Annual report of the Punjab Veterinary College and of the Civil Veterinary Department, Punjab - 1894-1908
Year: 1894
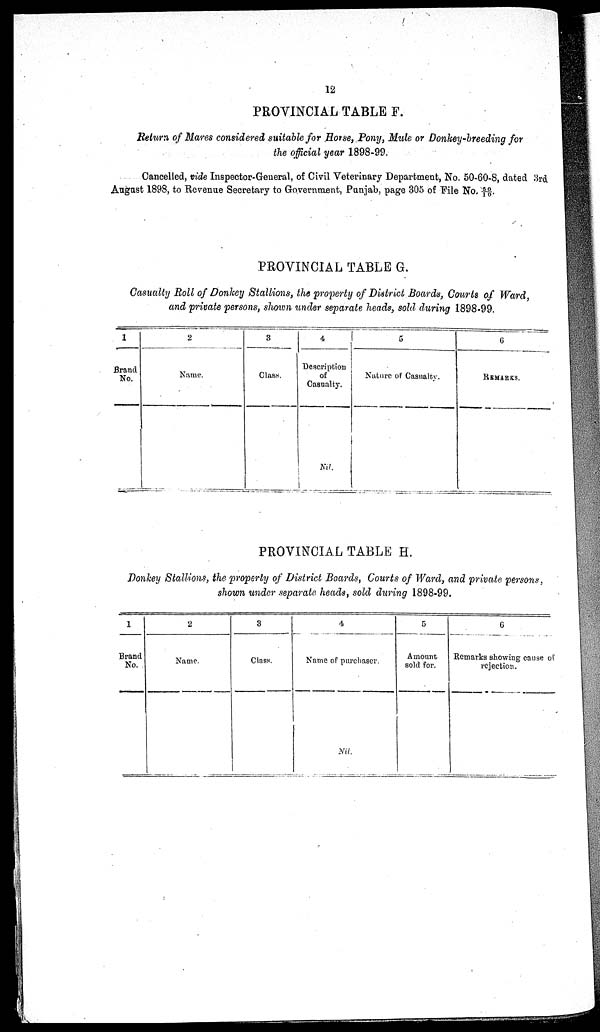
12
PROVINCIAL TABLE F.
Return of Mares considered suitable for Horse, Pony, Mule or Donkey-breeding for
the official year 1898-99.
Cancelled, vide Inspector-General, of Civil Veterinary Department, No. 50-60-8, dated 3rd
August 1898, to Revenue Secretary to Government, Punjab, page 305 of File No. 50/10.
PROVINCIAL TABLE G.
Casualty Roll of Donkey Stallions, the property of District Boards, Courts of Ward,
and private persons, shown under separate heads, sold during 1898-99.
1
Brand
No.
2
Name.
3
Class.
4
Description
of
Casualty.
Nil.
5
Nature of Casualty.
6
REMARKS.
PROVINCIAL TABLE H.
Donkey Stallions, the property of District Boards, Courts of Ward, and private persons,
shown under separate, heads, sold during 1898-99.
1
Brand
No.
2
Name.
3
Class.
4
Name of purchaser.
Nil.
5
Amount
sold for.
6
Remarks showing cause of
rejection.